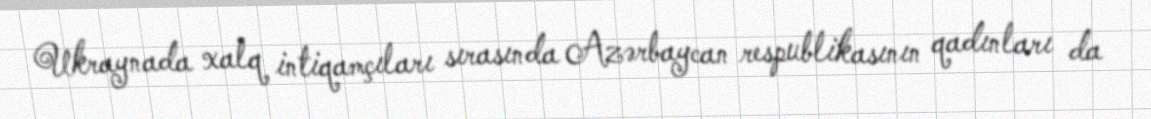
Ukraynada xalq intiqamçıları sırasında Azərbaycan respublikasının qadınları da